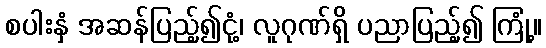
စပါးနှံ အဆန်ပြည့်၍ငုံ့၊ လူဂုဏ်ရှိ ပညာပြည့်၍ ကြုံ့။